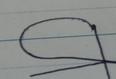
Signature authenticity: forged